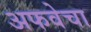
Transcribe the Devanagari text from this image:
अफवेचा